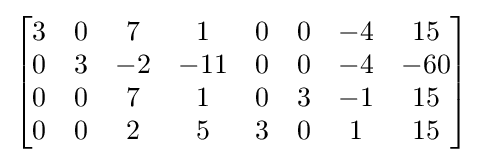
{\begin{bmatrix}3&0&7&1&0&0&-4&15\\0&3&-2&-11&0&0&-4&-60\\0&0&7&1&0&3&-1&15\\0&0&2&5&3&0&1&15\end{bmatrix}}